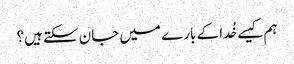
ہم کیسے خُدا کے بارے میں جان سکتے ہیں؟